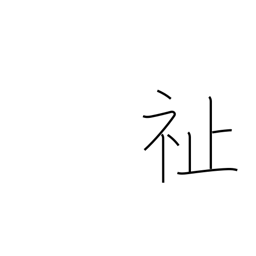
Meaning: welfare